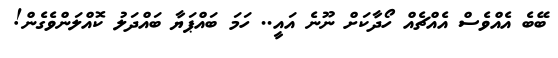
ބޭބެ އެއްވެސް އެއްޗެއް ހޯދާކަށް ނޫނެެ އައީ.. ހަމަ ބައްޕަޔާ ބައްދަލު ކޮއްލަންވެގެން!